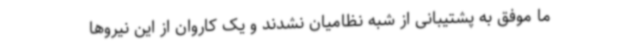
ما موفق به پشتیبانی از شبه نظامیان نشدند و یک کاروان از این نیروها